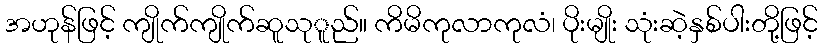
အဟုန်ဖြင့် ကျိုက်ကျိုက်ဆူသုူည်။ ကိမိကုလာကုလံ၊ ပိုးမျိုး သုံးဆဲ့နှစ်ပါးတို့ဖြင့်